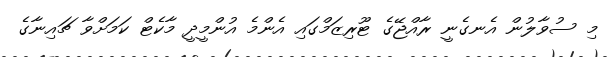
މި ސުވާލުން އެނގެނީ ރާއްޖޭގެ ޓޫރިޒަމްގައި އެންމެ އުންމީދީ މާކެޓް ކަމަށްވާ ޗައިނާގެ